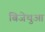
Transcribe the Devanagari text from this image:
बिजेथुआ